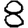
Digit: 8